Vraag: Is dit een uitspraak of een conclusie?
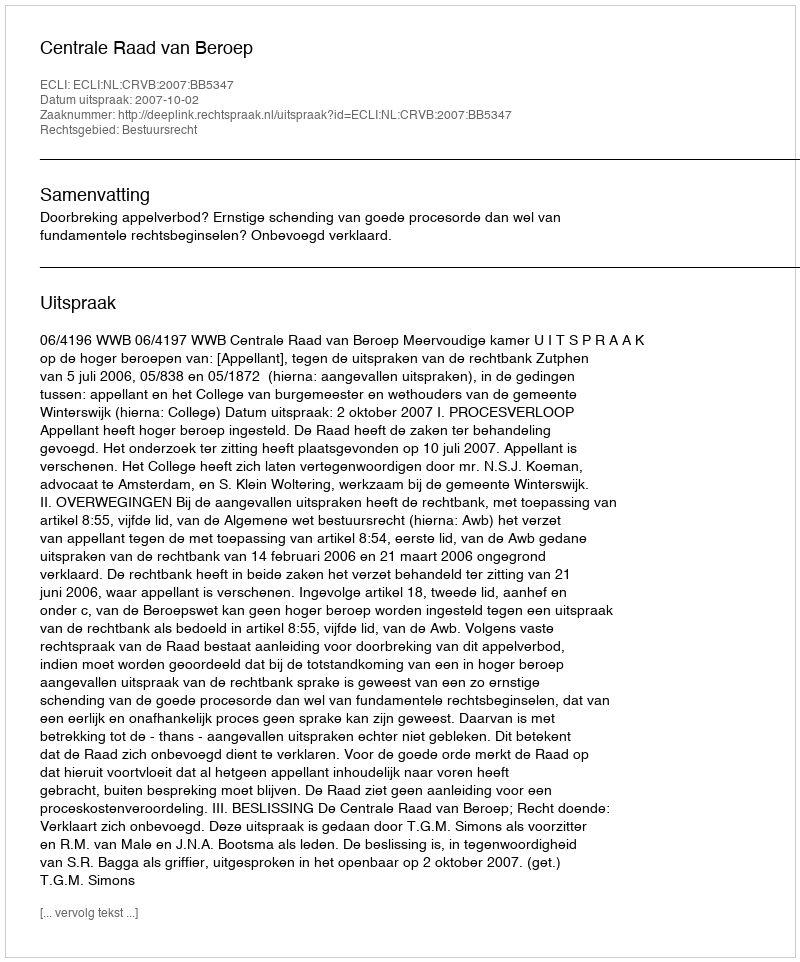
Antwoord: Uitspraak